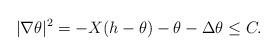
LaTeX: \begin{align*} |\nabla\theta|^2=-X(h-\theta)-\theta-\Delta\theta\le C.\end{align*}